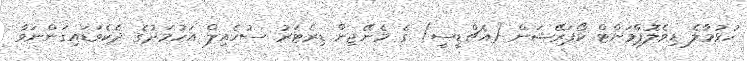
ހުޅުމާލެ ޑިވެލޮޕްމަންޓް ކޯޕަރޭޝަން (އެޗްޑީސީ) ގެ މެނޭޖިން ޑިރެޓަރު ސުހެއިލް އަހުމަދުގެ ދެކެވަޑައިގަންނަވާ